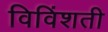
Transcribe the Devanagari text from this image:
विविंशती